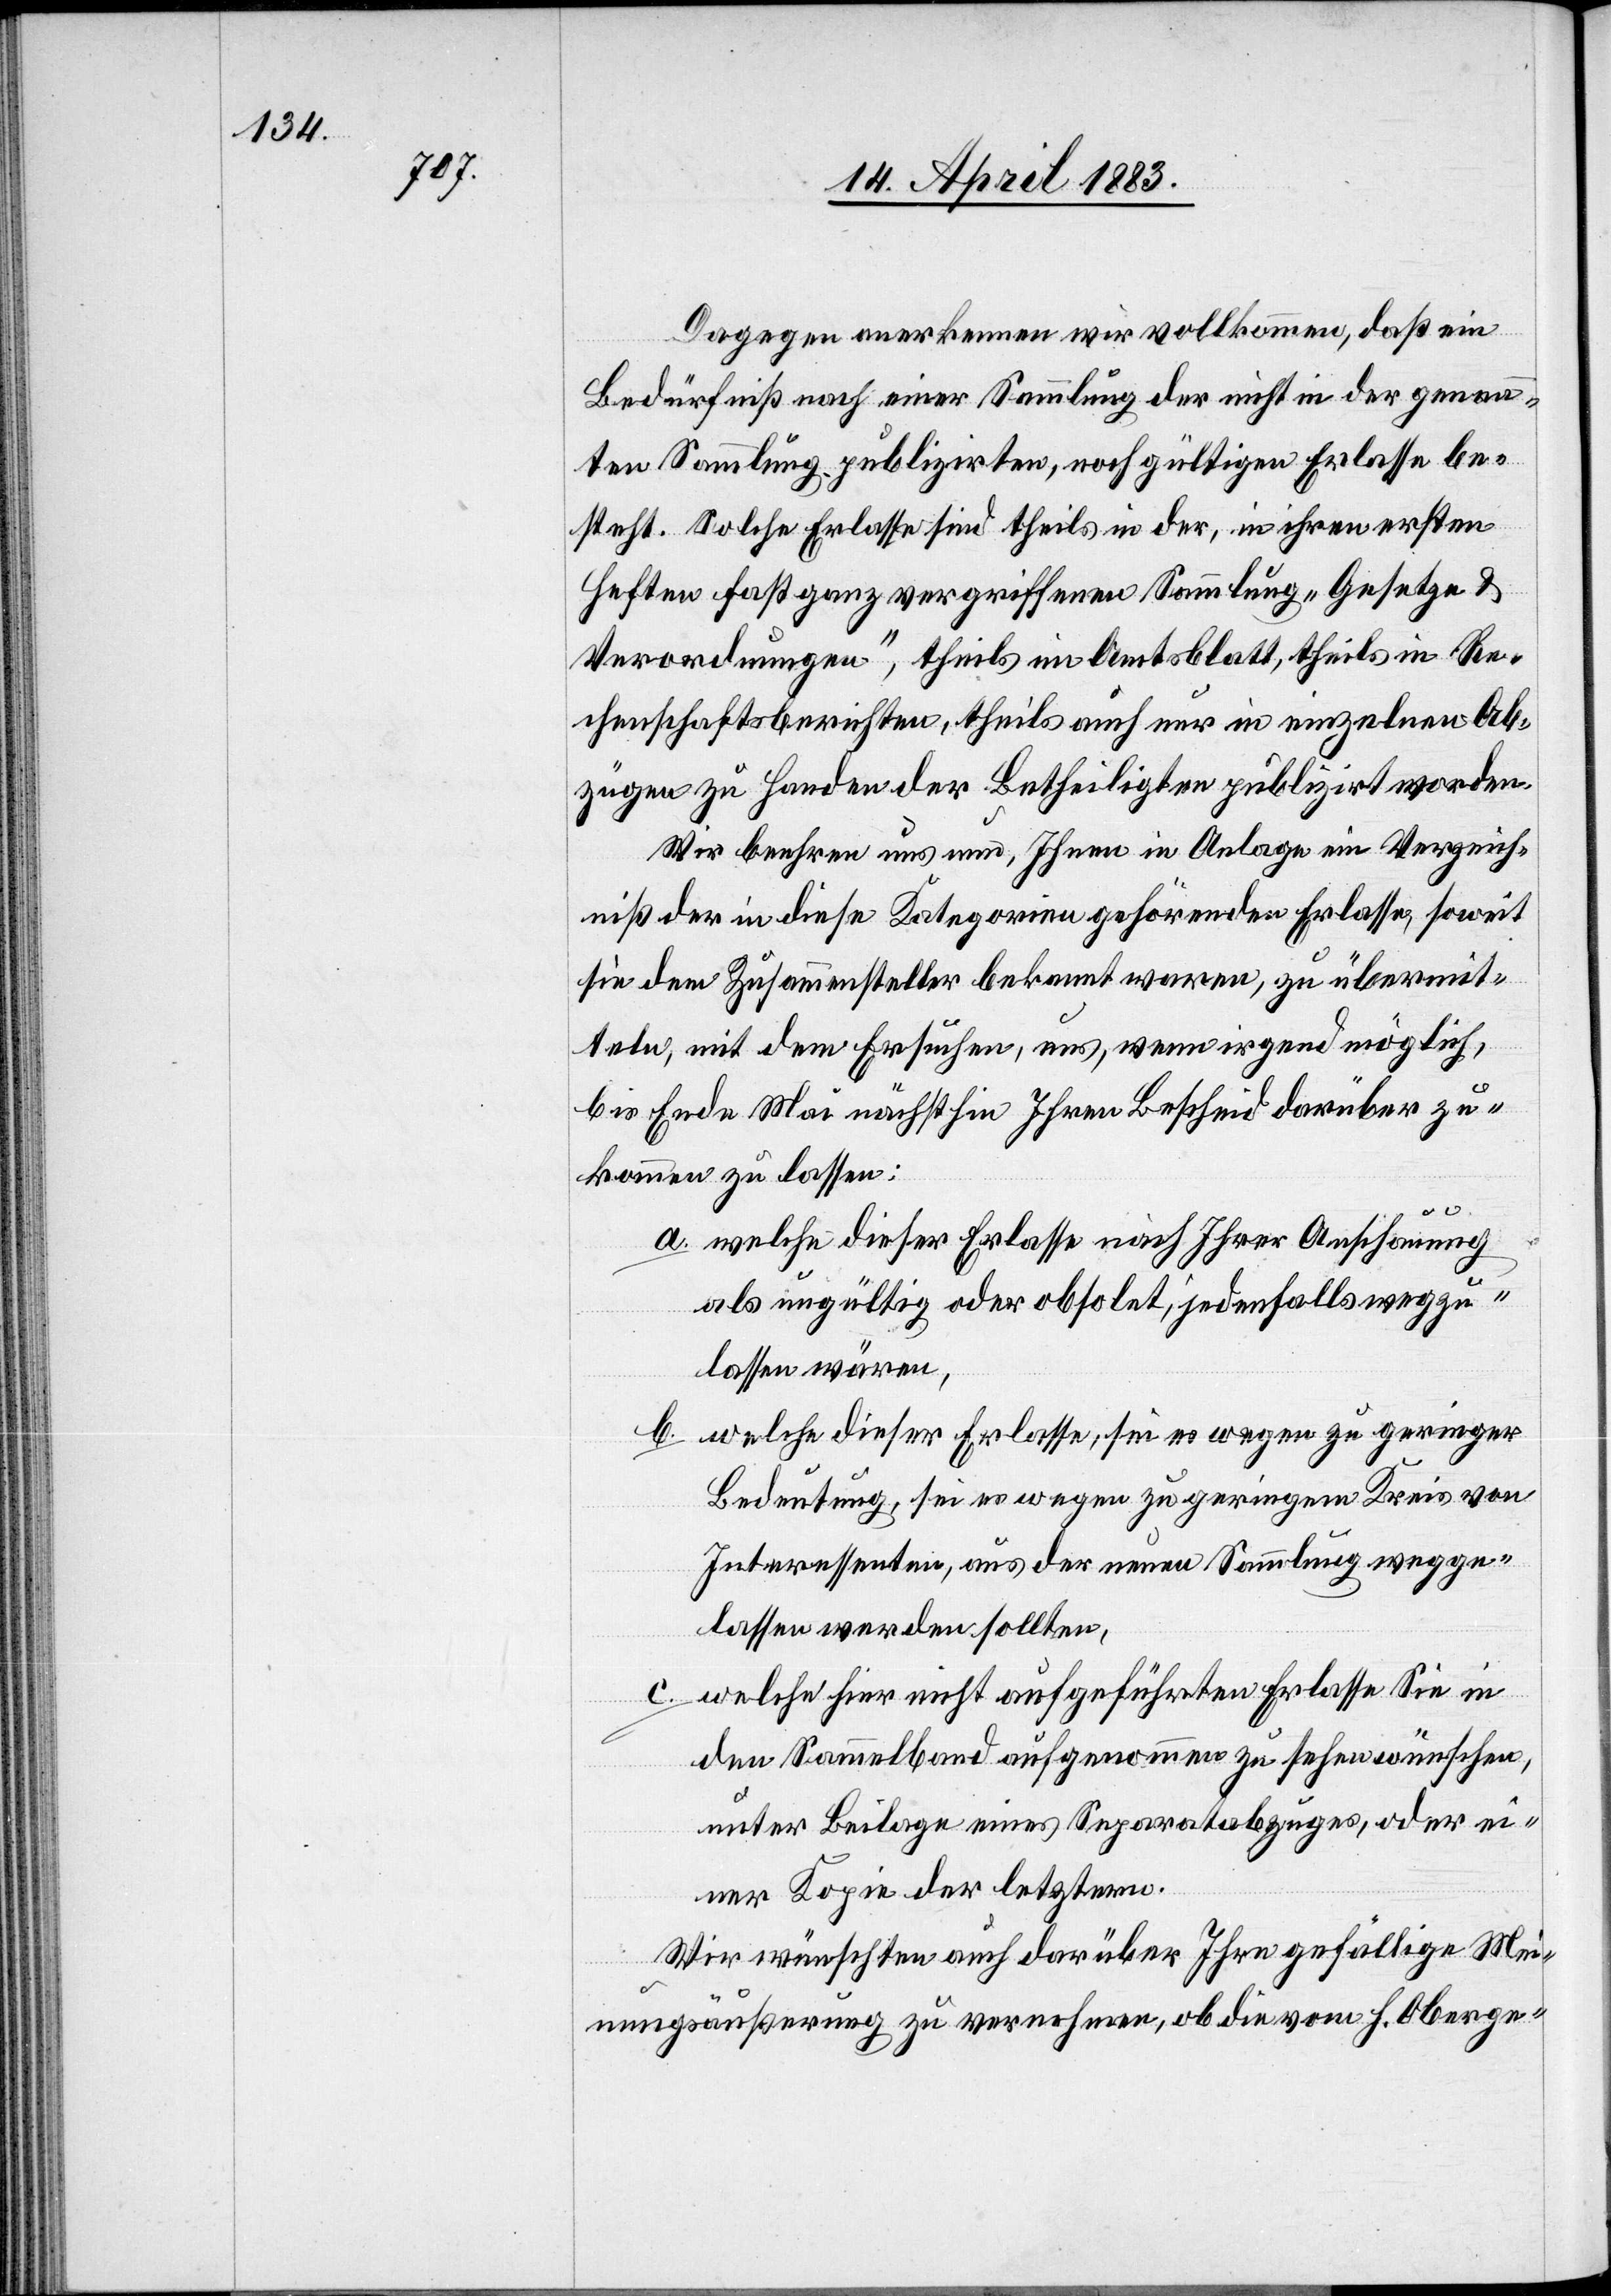
Dagegen anerkennen wir vollkommen, daß ein
Bedürfniß nach einer Sammlung der nicht in der genann¬
ten Sammlung publizirten, noch gültigen Erlasse be¬
steht. Solche Erlasse sind theils in der, in ihren ersten
Heften fast ganz vergriffenen Sammlung „Gesetze &
Verordnungen“, theils im Amtsblatt, theils in Re¬
chenschaftsberichten, theils auch nur in einzelnen Ab¬
zügen zu Handen der Betheiligten publizirt worden.
Wir beehren uns nun, Ihnen in Anlage ein Verzeich¬
niß der in diese Kategorien gehörenden Erlasse, soweit
sie dem Zusammensteller bekannt waren, zu übermit¬
teln, mit dem Ersuchen, uns, wenn irgend möglich,
bis Ende Mai nächsthin Ihren Bescheid darüber zu¬
kommen zu lassen:
a. welche dieser Erlasse nach Ihrer Anschauung
als ungültig oder obsolet, jedenfalls wegzu¬
lassen wären,
b. welche dieser Erlasse, sei es wegen zu geringer
Bedeutung, sei es wegen zu geringem Kreis von
Interessenten, aus der neuen Sammlung wegge¬
lassen werden sollten,
c. welche hier nicht aufgeführten Erlasse Sie in
den Sammelband aufgenommen zu sehen wünschen,
unter Beilage eines Separatabzuges, oder ei¬
ner Kopie der letztern.
Wir wünschen auch darüber Ihre gefällige Mei¬
nungsäußerung zu vernehmen, ob die vom h. Oberge-